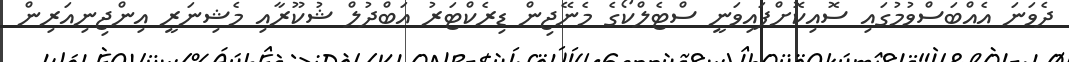
ދެވަނަ އެއްބަސްވުމުގައި ސޮއިކޮށްފައިވަނީ ސްޓެލްކޯގެ މެނޭޖިން ޑިރެކްޓަރު އަބްދުލް ޝުކޫރާއި މެޝިނަރީ އިންޖިނިއަރިން